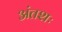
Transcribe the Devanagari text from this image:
अंतशः